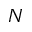
\cal N